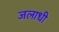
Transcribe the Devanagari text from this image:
जलाधी